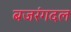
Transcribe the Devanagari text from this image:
बजरंगदल